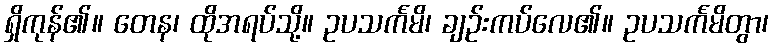
ရှိကုန်၏။ တေန၊ ထိုအရပ်သို့။ ဥပသင်္ကမိ၊ ချဉ်းကပ်လေ၏။ ဥပသင်္ကမိတွာ၊